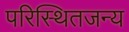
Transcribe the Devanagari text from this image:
परिस्थितजन्य